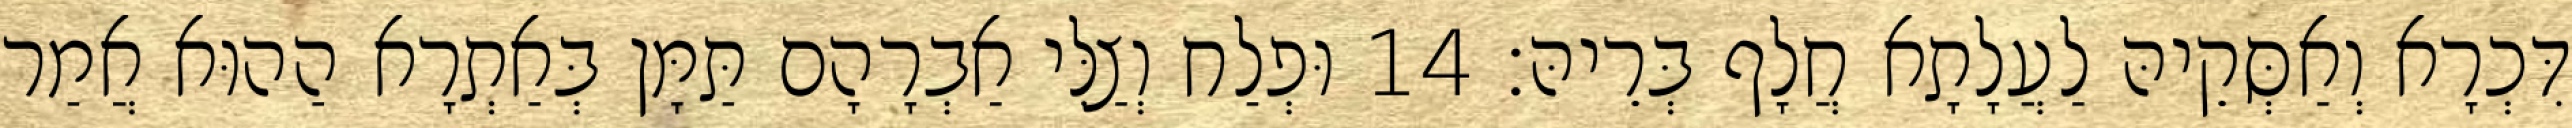
דִּכְרָא וְאַסְּקֵיהּ לַעֲלָתָא חֲלָף בְּרֵיהּ׃ 14 וּפְלַח וְצַלִּי אַבְרָהָם תַּמָּן בְּאַתְרָא הַהוּא אֲמַר